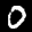
Label: 0